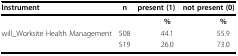
<table><thead><tr><td><b>Instrument</b></td><td><b>n</b></td><td colspan="2"><b>present (1)</b></td><td colspan="2"><b>not present (0)</b></td></tr></thead><tbody><tr><td>[EMPTY_CELL]</td><td>[EMPTY_CELL]</td><td>[EMPTY_CELL]</td><td><b>%</b></td><td>[EMPTY_CELL]</td><td><b>%</b></td></tr><tr><td>will_Worksite Health Management</td><td>508</td><td>[EMPTY_CELL]</td><td>44.1</td><td>[EMPTY_CELL]</td><td>55.9</td></tr><tr><td>[EMPTY_CELL]</td><td>519</td><td>[EMPTY_CELL]</td><td>26.0</td><td>[EMPTY_CELL]</td><td>73.0</td></tr></tbody></table>